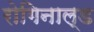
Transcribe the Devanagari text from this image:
रोगिनाल्ड